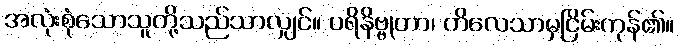
အလုံးစုံသောသူတို့သည်သာလျှင်။ ပရိနိဗ္ဗုတာ၊ ကိလေသာမှငြိမ်းကုန်၏။